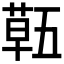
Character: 𮐌